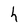
Character: h